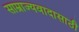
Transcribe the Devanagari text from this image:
साम्राज्यवादासाठी